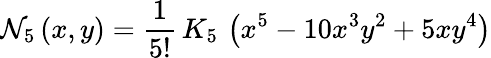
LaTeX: \mathcal{N}_{5}\left(x,y\right)=\frac{{1}}{{5!}}\, K_{5}\, \left(x^{5}-10x^{3}y^{2}+5xy^{4}\right)